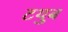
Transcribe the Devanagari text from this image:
टयुब